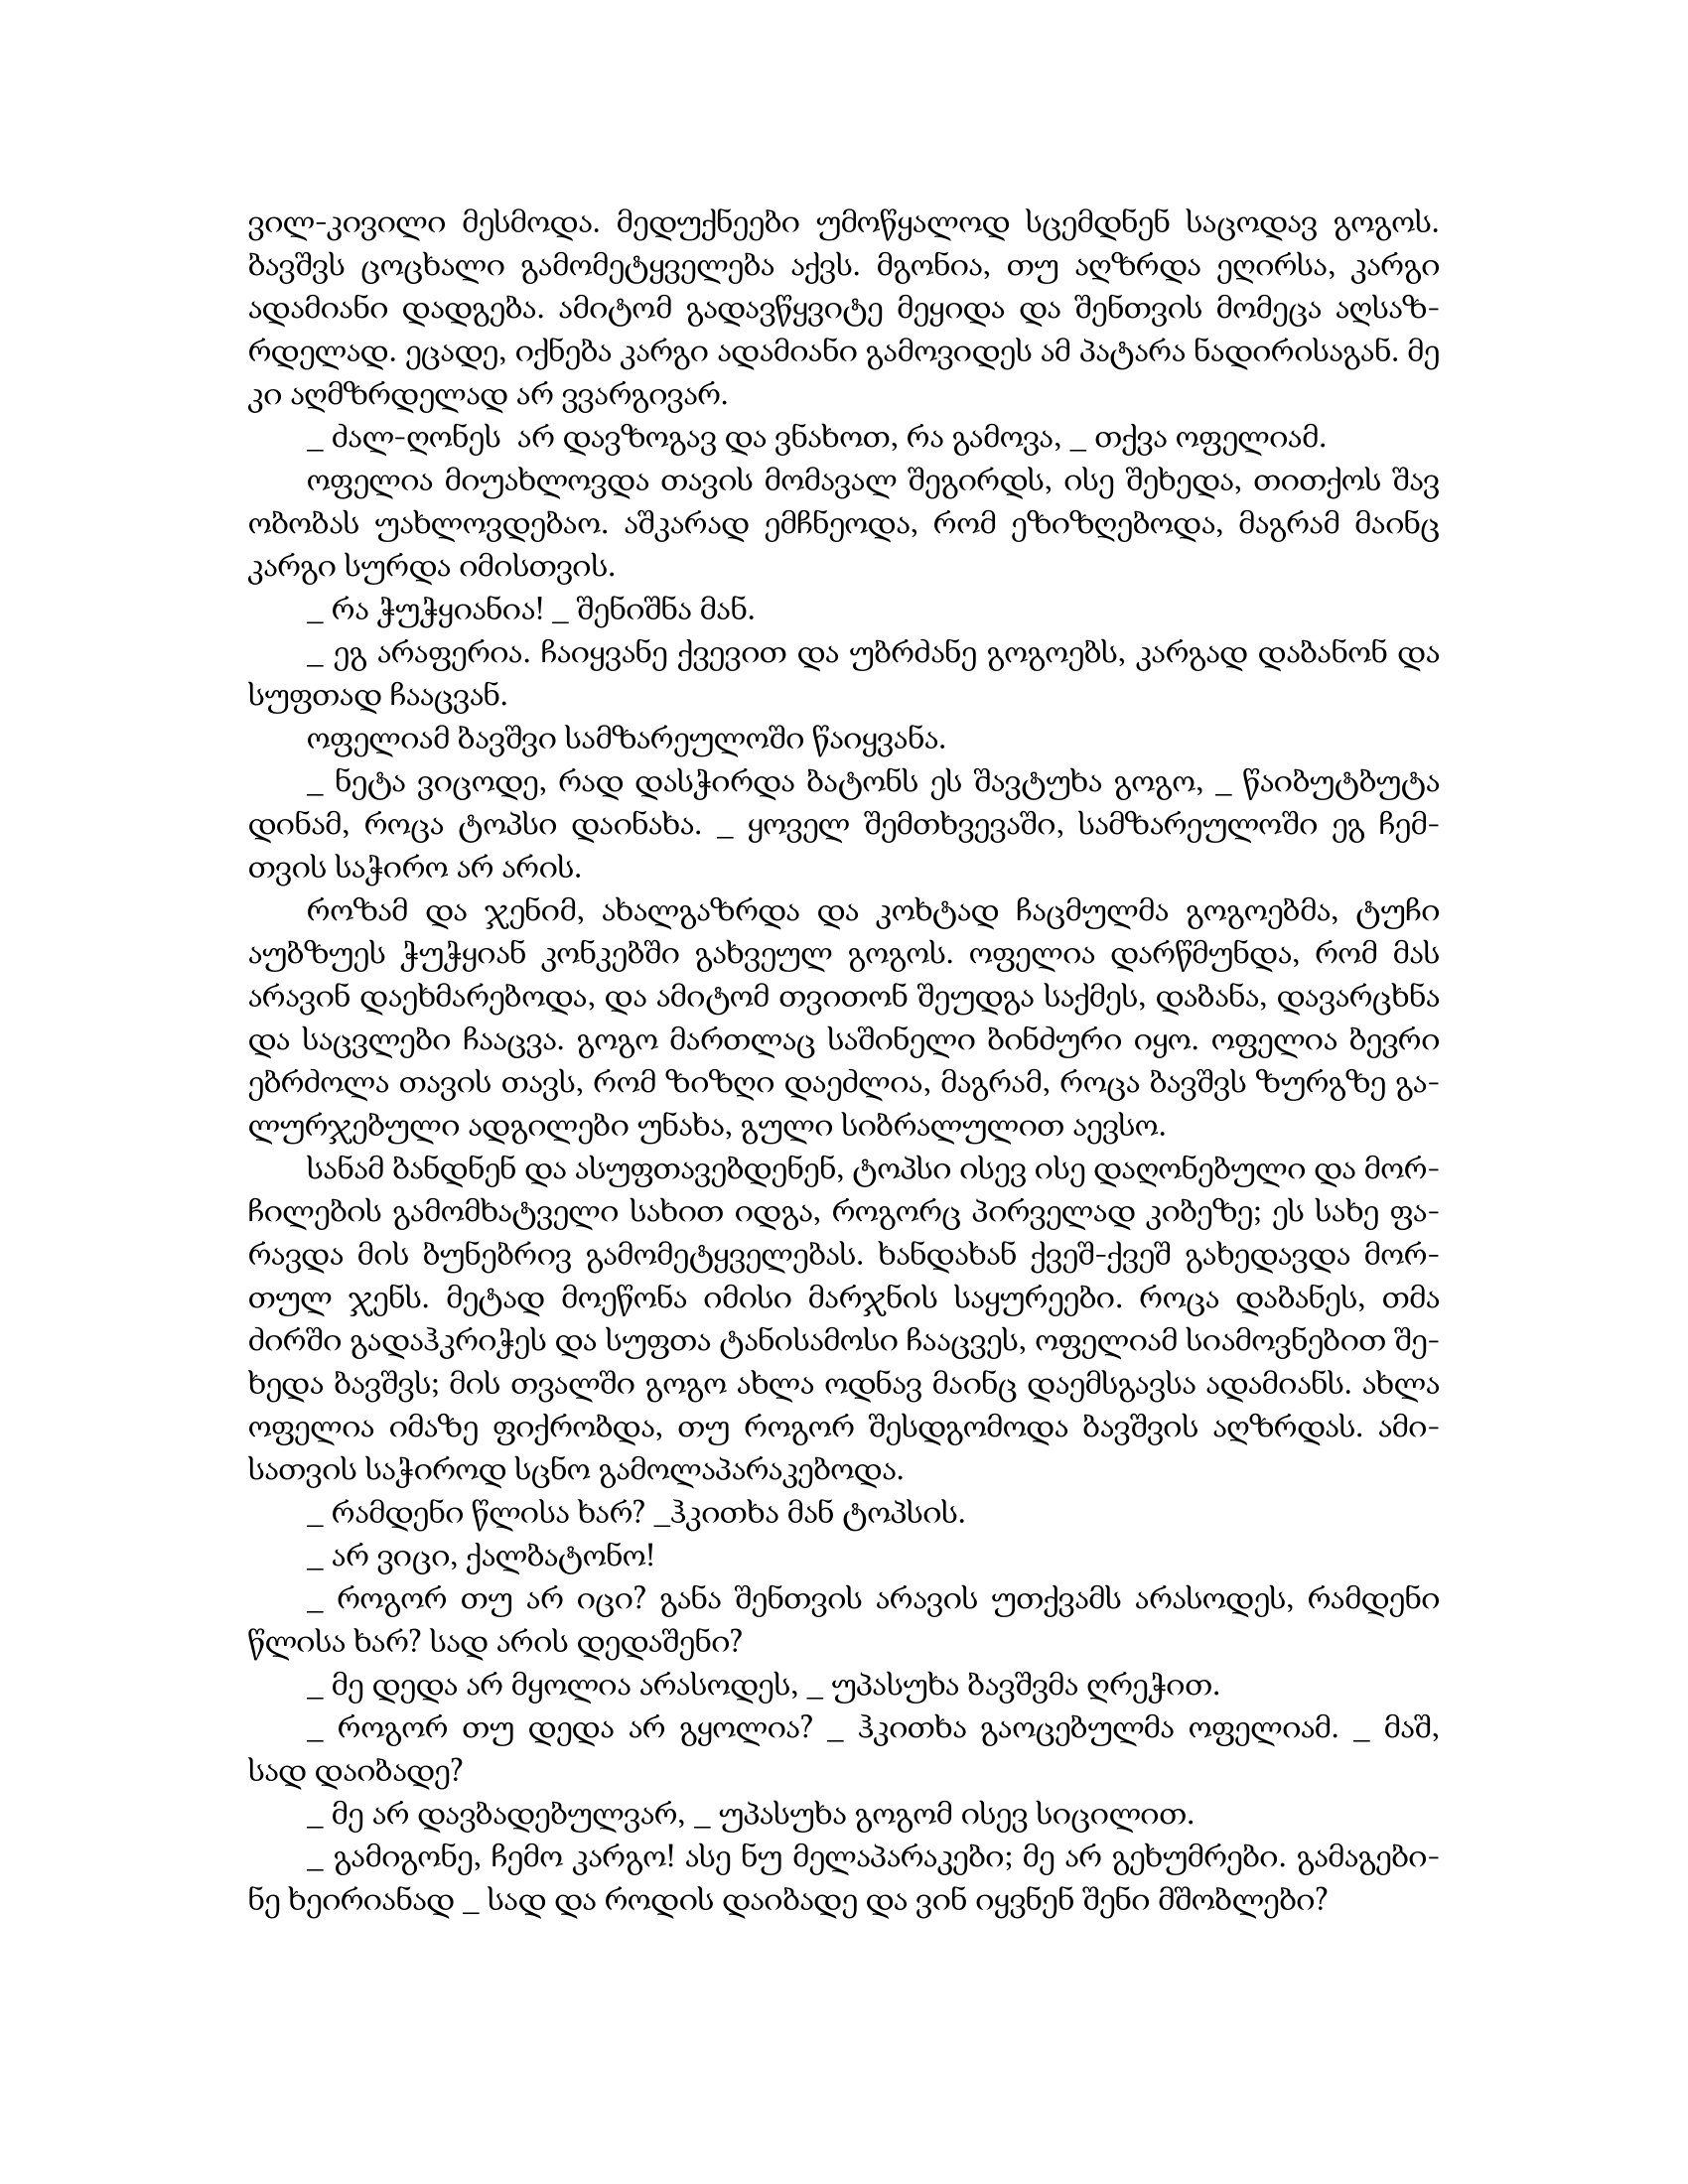
Language: gr